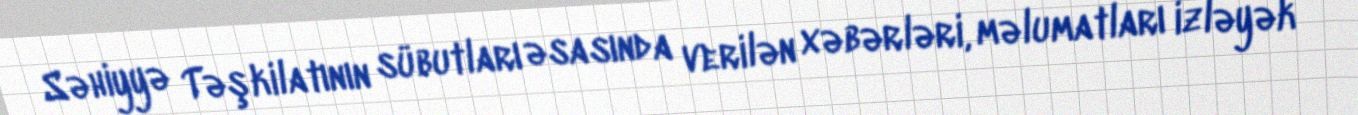
Səhiyyə Təşkilatının sübutları əsasında verilən xəbərləri, məlumatları izləyək